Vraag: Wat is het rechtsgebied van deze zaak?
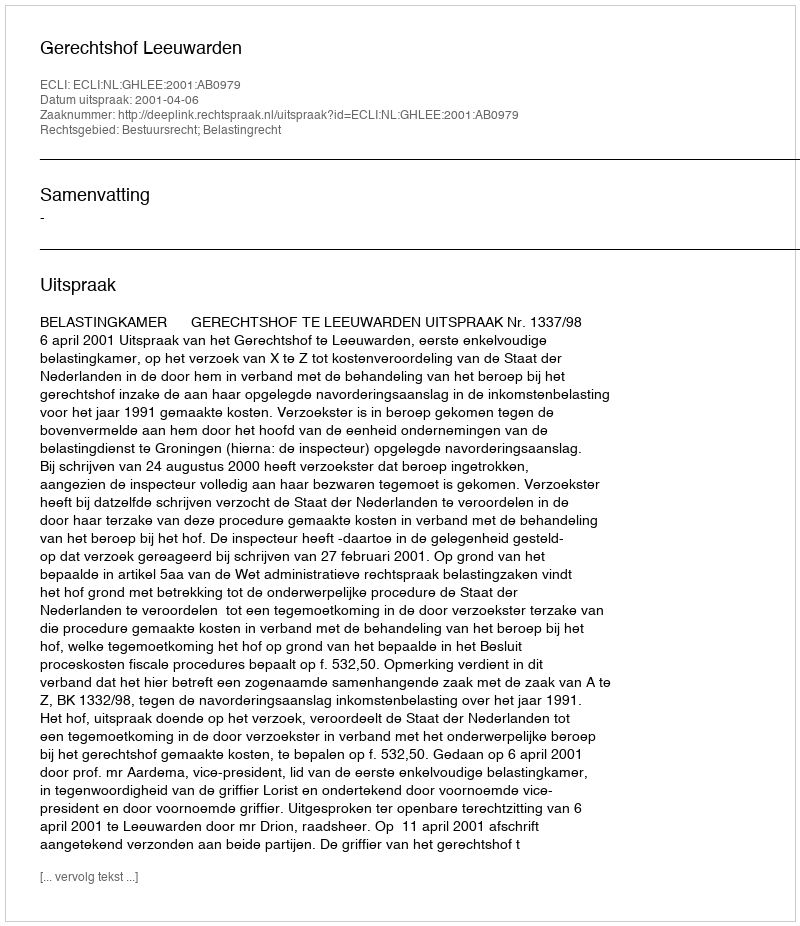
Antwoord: Bestuursrecht; Belastingrecht